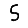
Digit: 5